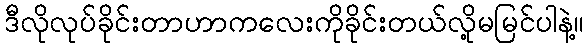
ဒီလိုလုပ်ခိုင်းတာဟာကလေးကိုခိုင်းတယ်လို့မမြင်ပါနဲ့။